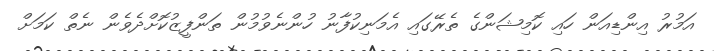
އަމުރު އިންޑިއަން ހައި ކޮމިޝަންގެ ތެރޭގައި އެމަނިކުފާނު ހުންނެވުމުން ތަންފީޒުކޮށްދެވެން ނެތް ކަމަށް